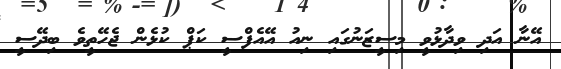
އޭނާ އަދި ވިދާޅުވީ މިސީޒަނުގައި ނިއު އޭއެފްސީ ކަޕް ކުޅެން ޖެހޭތީވެ ބިދޭސީ